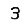
Digit: 3